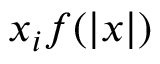
x _ { i } f ( | x | )